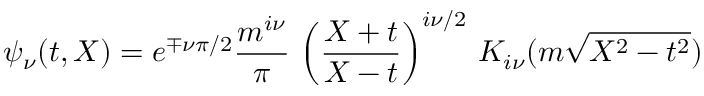
\psi _ { \nu } ( t , X ) = e ^ { \mp \nu \pi / 2 } \frac { m ^ { i \nu } } { \pi } \, \left( \frac { X + t } { X - t } \right) ^ { i \nu / 2 } \, K _ { i \nu } ( m \sqrt { X ^ { 2 } - t ^ { 2 } } )